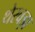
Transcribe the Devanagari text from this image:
थेरवड़ा